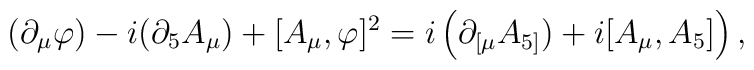
(\partial_{\mu}\varphi)-i(\partial_{5}A_{\mu})+[A_{\mu},\varphi]^{2}=i\left(\partial_{\lbrack\mu}A_{5]})+i[A_{\mu},A_{5}]\right)  ,